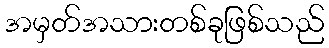
အမှတ်အသားတစ်ခုဖြစ်သည်